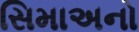
સિમાઅનો